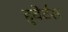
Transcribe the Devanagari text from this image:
हुबेर्टस